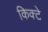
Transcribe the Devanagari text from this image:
किक्टे